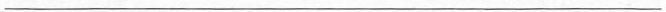
___